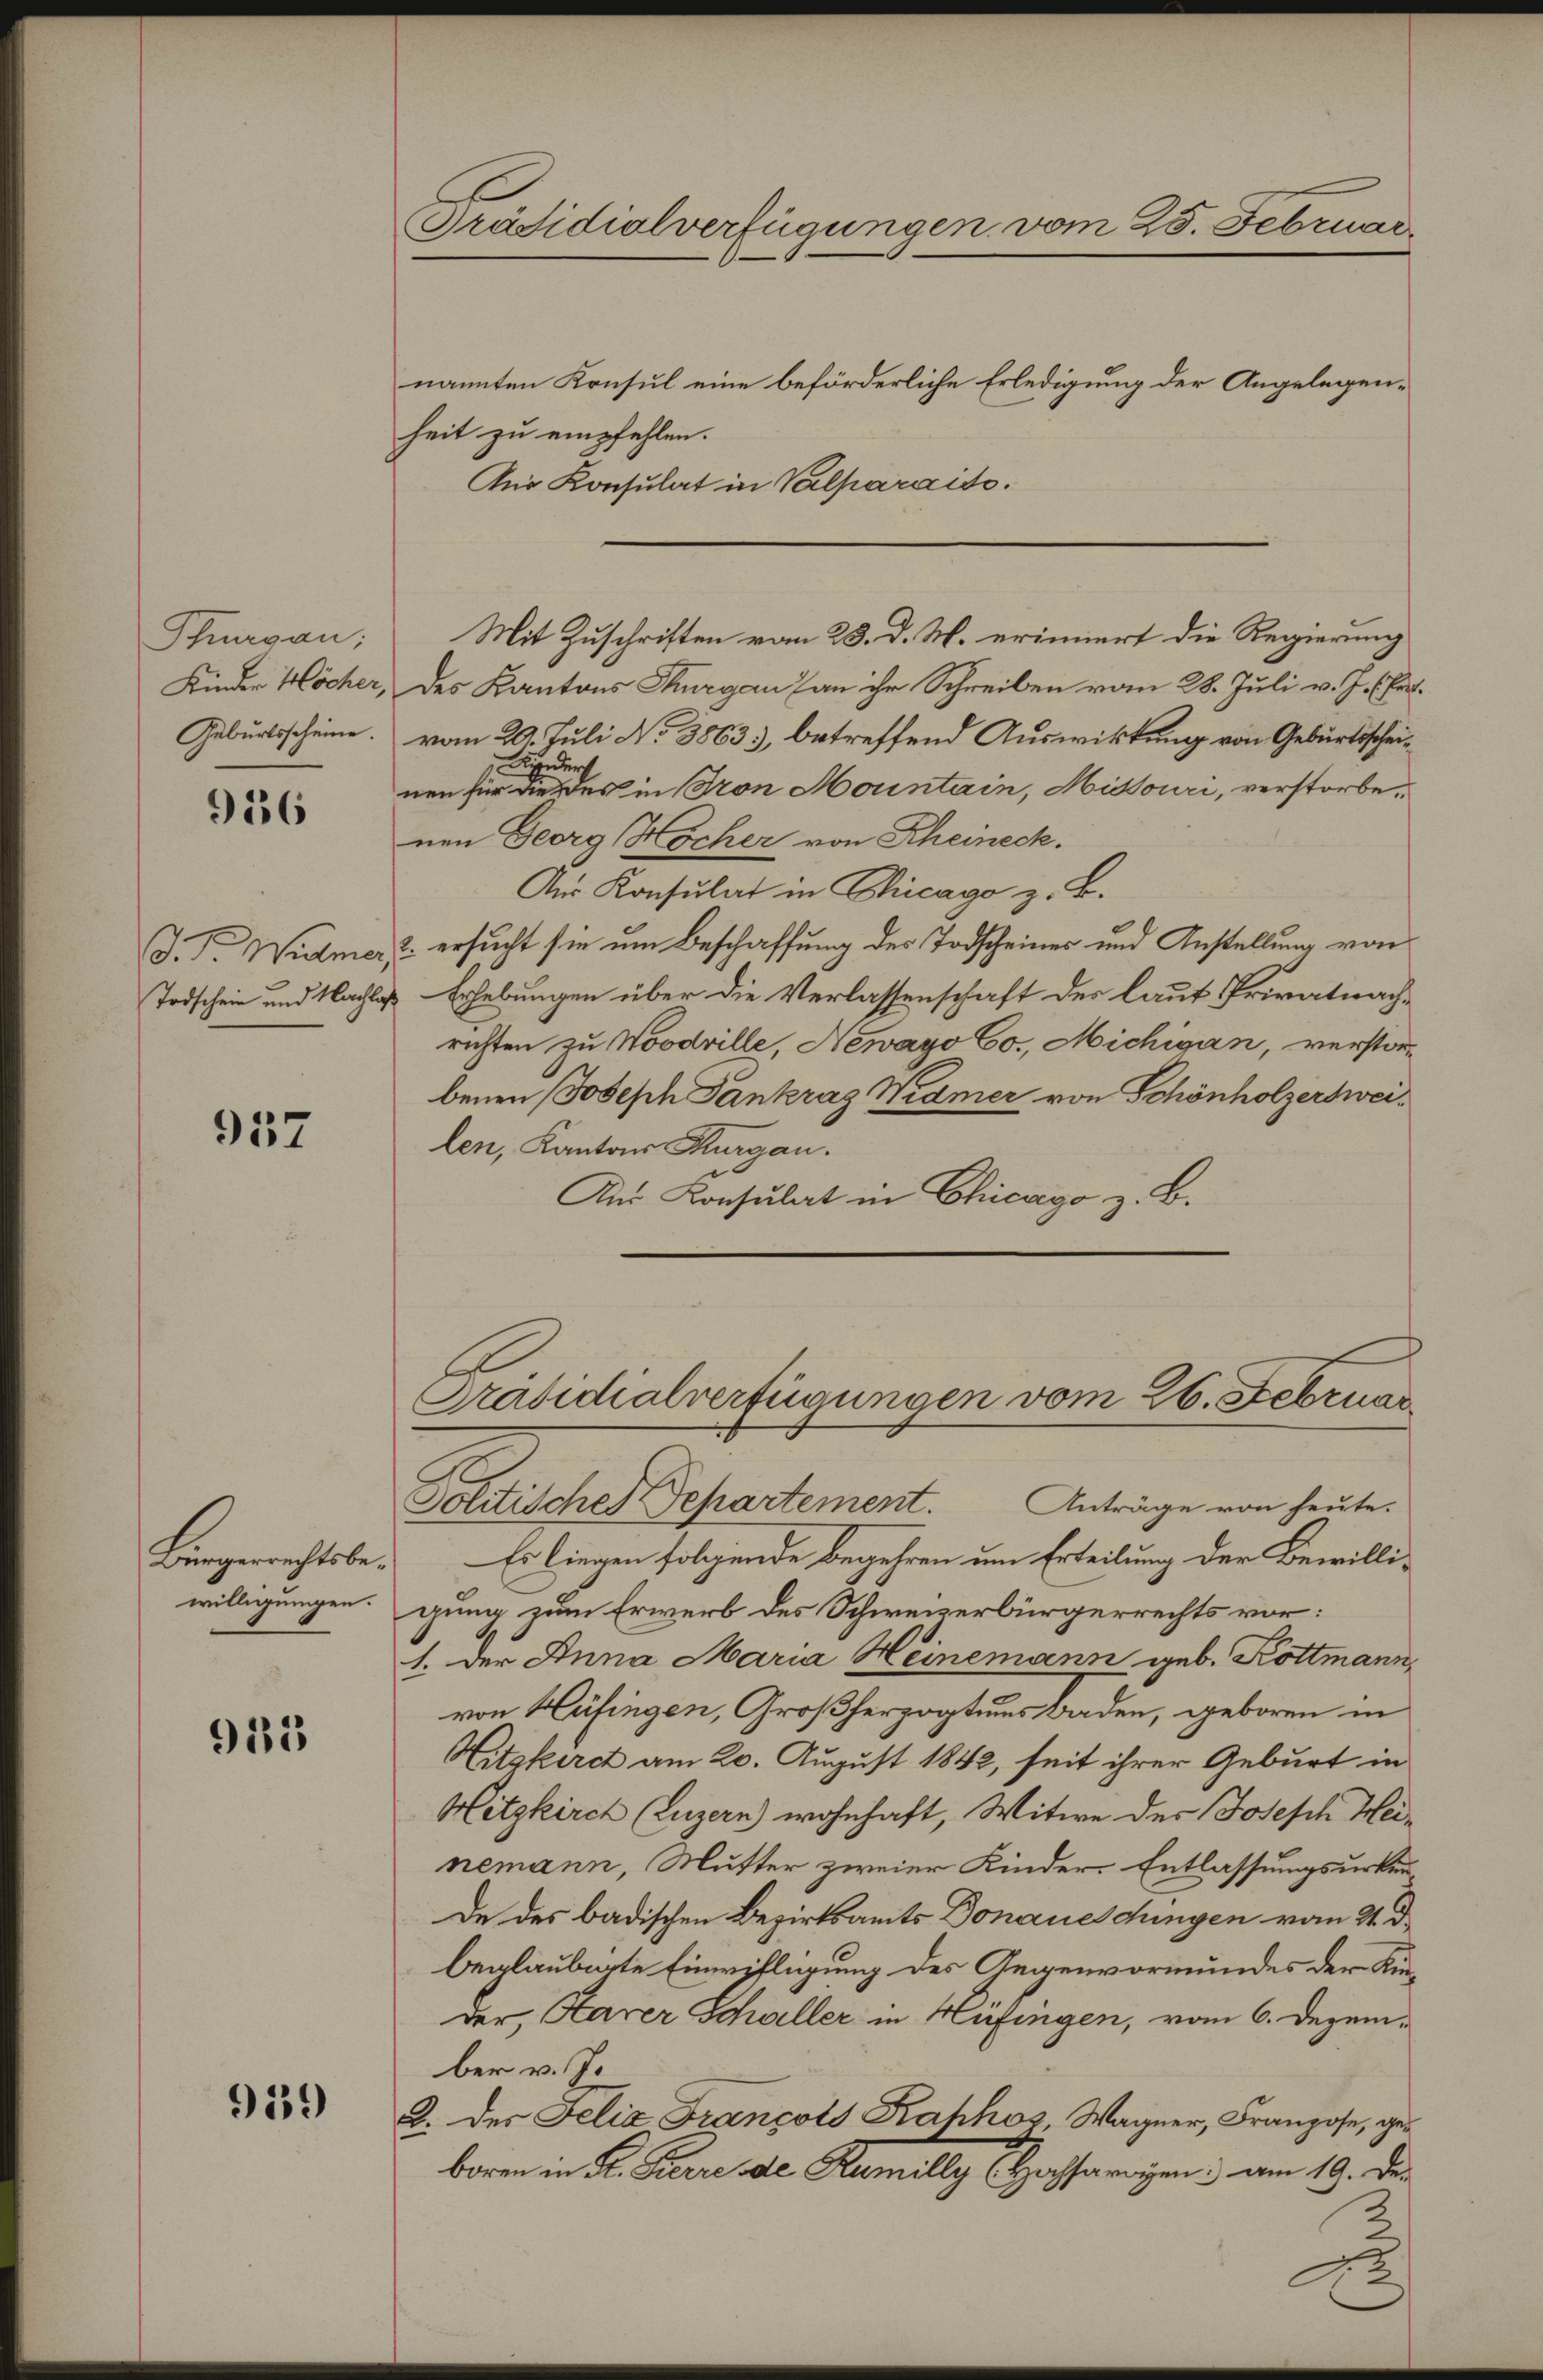
Thurgau;
Kinder Höcher,
Geburtsscheine.

916

Todschein und Nachlaß

937

Bürgerrechtsbewilligungen.

915

939

Präsidialverfügungen vom 25. Februar

nannten Konsul eine beförderliche Erledigung der Angelegenheit zu empfehlen.
Anr Konsulat in Valparaits.
Mit Zuschriften vom 23. d. M. erinnert die Regierung
des Kantons Thurgau an ihr Schreiben vom 28. Juli v. J. (Er
vom 20. Juli No 38633, betreffend Auswirkung von Geburtsschei¬
Bedurf
nen für die des in Pron Montain, Missouri, verstorbenen Georg Hocher von Rheineck.
Aus Konsulat in Chicago z. B.
J. F. Widmer, u. ersucht sie um Beschaffung des Todscheines und Anstellung von
Erhebungen über die Verlassenschaft des laut Privatnachrichten zu Nordrille, Newayo Co., Michigan, verstorbenen Joseph Pankrag Widmer von Schönholzersweilen, Kantons Thurgau.
Aus Konsulat in Chicago z. B.
Präsidialverfügungen vom 26. Februar
Politisches Departement. Anträge von heute.
Es liegen folgende begehren um Erteilung der Bewilligung zum Erwerb des Schweizerbürgerrechts vor:
1. Der Anna Maria Heinemann geb. Kottmann,
von Hüfingen, Großherzogtums Baden, geboren in
Hitzkirch am 20. August 1842, seit ihrer Geburt in
Hitzkirch (Luzern) wohnhaft, Witwe des Joseph Heinemann, Mutter zweier Kinder-Entlassungsurken
de des badischen Bezirksamts Donaueschingen vom 21. d.
beglaubarte Einwilligung des Gegenvormundes der Kinder, Parer Schaller in Hüfingen, vom 6. Dezember v. J.
2. der Felix Françots Kahhos, Wagner, Franzose, geboren in Dr. Furre de Rumilly Hochargen; am 19. Der
2
e